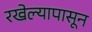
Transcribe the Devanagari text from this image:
रखेल्यापासून